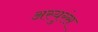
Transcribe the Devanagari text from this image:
अस्युरंस